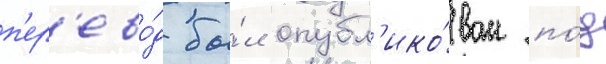
п'ер'ево́д бы́л опубл'ико́ван по́д